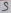
Text: 5